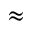
\approx